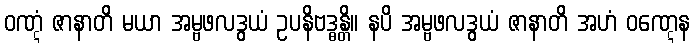
ဝဏ္ဋံ ဇာနာတိ မယာ အမ္ဗဖလဒွယံ ဥပနိဗဒ္ဓန္တိ။ နပိ အမ္ဗဖလဒွယံ ဇာနာတိ အဟံ ဝဏ္ဋေန